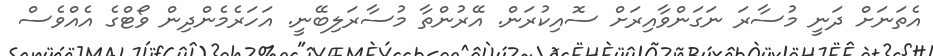
އެތަނަށް ދަނީ މުސާރަ ނަގަންވާއިރަށް ސޮއިކުރަން. އޭރުންތާ މުސާރަލިބޭނީ. އަހަރެމެންދިން ވޯޓްގެ އެއްވެސް